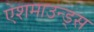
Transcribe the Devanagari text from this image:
ऐशमाउन्ड्स